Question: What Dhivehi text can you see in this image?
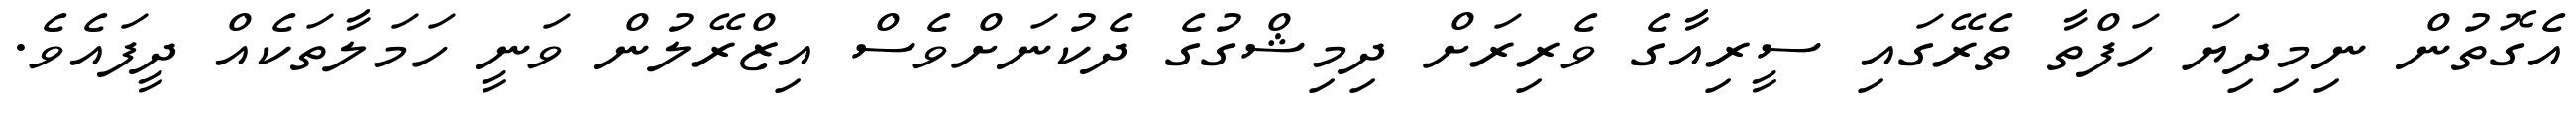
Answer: އެގޮތުން ނިމިދިޔަ ހަފްތާ ތެރޭގައި ސީރިއާގެ ވެރިރަށް ދިމިޝްގުގެ ދެކުނަށްވެސް އިޒްރޭލުން ވަނީ ހަމަލާތަކެއް ދީފައެވެ.